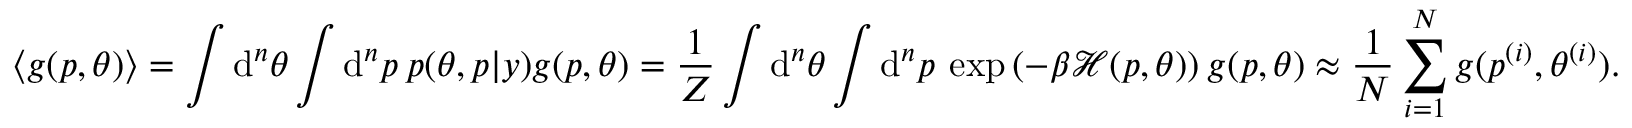
\langle g ( p , \theta ) \rangle = \int \mathrm { d } ^ { n } \theta \int \mathrm { d } ^ { n } p \: p ( \theta , p | y ) g ( p , \theta ) = \frac { 1 } { Z } \int \mathrm { d } ^ { n } \theta \int \mathrm { d } ^ { n } p \: \exp { ( - \beta \mathcal { H } ( p , \theta ) ) } \: g ( p , \theta ) \approx \frac { 1 } { N } \sum _ { i = 1 } ^ { N } g ( p ^ { ( i ) } , \theta ^ { ( i ) } ) .